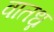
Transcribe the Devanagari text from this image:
वातध्न